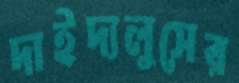
দাইদ্যলুসের